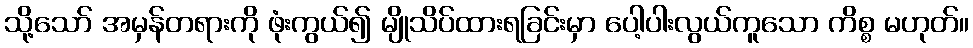
သို့သော် အမှန်တရားကို ဖုံးကွယ်၍ မျိုသိပ်ထားရခြင်းမှာ ပေါ့ပါးလွယ်ကူသော ကိစ္စ မဟုတ်။